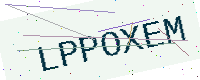
Text: LPPOXEM